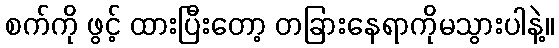
စက်ကို ဖွင့် ထားပြီးတော့ တခြားနေရာကိုမသွားပါနဲ့။